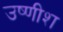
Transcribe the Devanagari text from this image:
उष्णीश